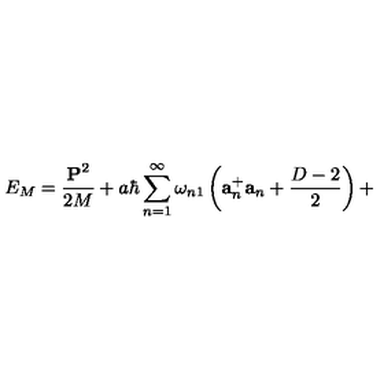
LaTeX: E _ { M } = \frac { { \bf P } ^ { 2 } } { 2 M } + a \hbar \sum _ { n = 1 } ^ { \infty } \omega _ { n 1 } \left( { \bf a } _ { n } ^ { + } { \bf a } _ { n } + \frac { D - 2 } { 2 } \right) +